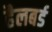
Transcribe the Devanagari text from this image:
हैलबर्ड